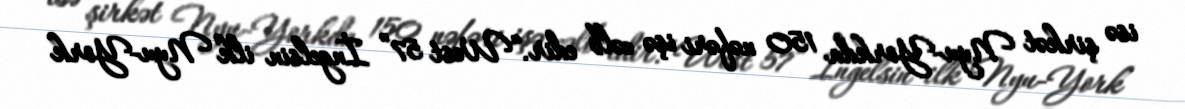
isə şirkət Nyu-Yorkda 150 nəfəri işə cəlb edir.“West 57” İngelsin ilk Nyu-York